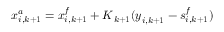
\boldsymbol { x } _ { i , k + 1 } ^ { a } = \boldsymbol { x } _ { i , k + 1 } ^ { f } + \boldsymbol { K } _ { k + 1 } ( \boldsymbol { y } _ { i , k + 1 } - \boldsymbol { s } _ { i , k + 1 } ^ { f } )